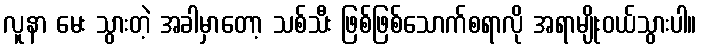
လူနာ မေး သွားတဲ့ အခါမှာတော့ သစ်သီး ဖြစ်ဖြစ်သောက်စရာလို အရာမျိုးဝယ်သွားပါ။